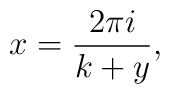
x = { 2 \pi i \over k+y},